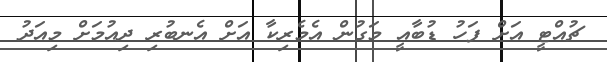
ޗުއްޓީ އަށް ފަހު ޑުބާއީ މަގުން އެމެރިކާ އަށް އެނބުރި ދިއުމަށް މިއަދު